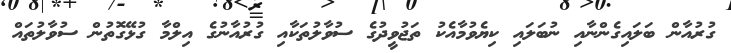
ގުރުއާން ބަލައިގެންނާއި ނުބަލައި ކިޔެވުމާއެކު ތަޖުވީދުގެ ސުވާލުތަކާއި ގުރުއާނުގެ އިލްމާ ގުޅޭގޮތުން ސުވާލުތައް